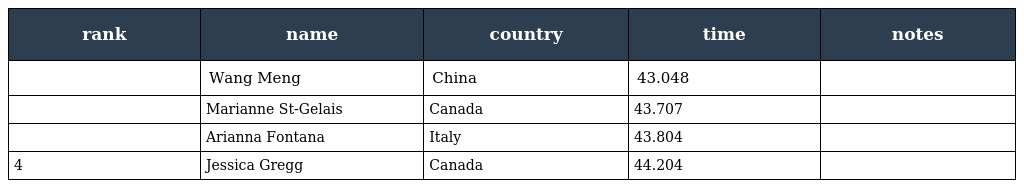
| rank | name | country | time | notes |
 | --- | --- | --- | --- | --- |
 |  | Wang Meng | China | 43.048 |  |
 |  | Marianne St-Gelais | Canada | 43.707 |  |
 |  | Arianna Fontana | Italy | 43.804 |  |
 | 4 | Jessica Gregg | Canada | 44.204 |  |